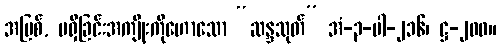
အပြစ်, မရှိခြင်းအကျိုးကိုဟောသော “ဆန္ဒသုတ်” အံ-၃-ပါ-၂၁၆၊ ဋ္ဌ-၂၀၀။